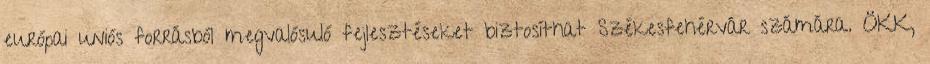
európai uniós forrásból megvalósuló fejlesztéseket biztosíthat Székesfehérvár számára. ÖKK,